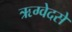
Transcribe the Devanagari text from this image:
ऋग्वेदसे